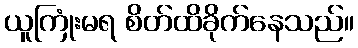
ယူကြုံးမရ စိတ်ထိခိုက်နေသည်။